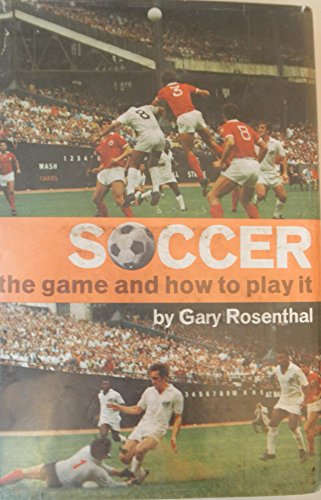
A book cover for Soccer the Game and How to Play It; Gary Rosenthal; Teen & Young Adult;